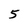
Character: 5